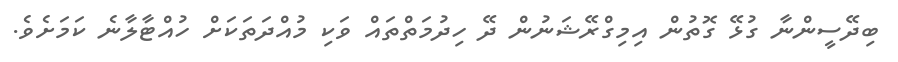
ބިދޭސީންނާ ގުޅޭ ގޮތުން އިމިގްރޭޝަނުން ދޭ ހިދުމަތްތައް ވަކި މުއްދަތަކަށް ހުއްޓާލާނެ ކަމަށެވެ.